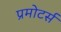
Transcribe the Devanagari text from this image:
प्रमोटर्स